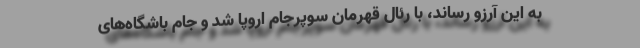
به این آرزو رساند، با رئال قهرمان سوپرجام اروپا شد و جام باشگاه‌های